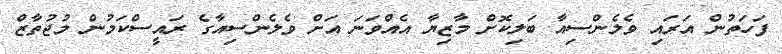
ފަހަތުން އަރައި ވެެލެންސިއާ ބަލިކޮށް މާޒިޔާ އެއްވަނަ އަށް ވެލެންސިއާގެ ރައީސްކަމުން މުޖުތާޒް